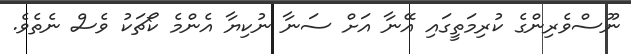
ނޫސްވެރިންގެ ކުރިމަތީގައި އޭނާ އަށް ސަނާ ނުކިޔާ އެންމެ ކޯޗަކު ވެސް ނެތެވެ.